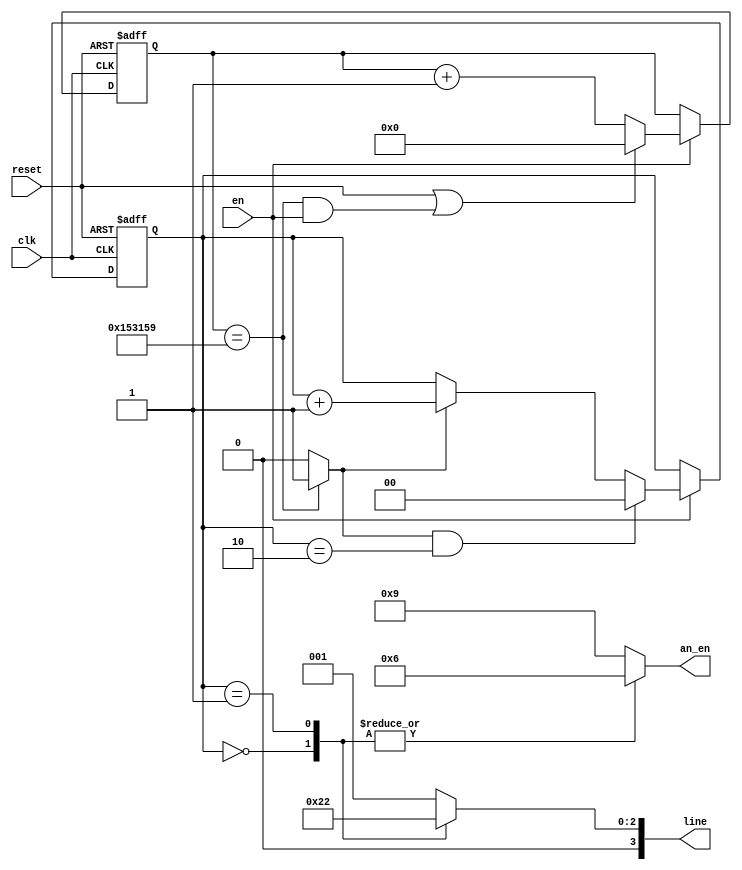
`timescale 1ns / 1ps
//////////////////////////////////////////////////////////////////////////////////
// Company: 
// Engineer: 
// 
// Design Name: 
// Module Name: heartbeat
// Project Name: 
// Target Devices: 
// Tool Versions: 
// Description: 
// 
// Dependencies: 
// 
// Revision:
// Revision 0.01 - File Created
// Additional Comments:
// 
//////////////////////////////////////////////////////////////////////////////////


module heartbeat(
    input clk, 
    input reset,
    input en,
    output reg [3:0] an_en,    //if 1 on, if 0 off
    output reg [3:0] line
    );
    
    parameter DVSR = 1388889; //Mod-M counter for 72 Hz heartbeat frequency
    
    //counter for clock frequency
    reg [31:0] ms_reg;
    wire [31:0] ms_next;
    
    wire ms_tick;
    
    //counter for 8 rotating square states
    reg [1:0] count_reg;
    wire [1:0] count_next;
                
    always @(posedge clk, posedge reset)
        if(reset)
            begin
                ms_reg <= 0;
                count_reg <= 0;
            end
        else if (en)
            begin
                ms_reg <= ms_next;
                count_reg <= count_next;
            end
    
    //next-state logic
    
    assign ms_next = (reset || (ms_reg == DVSR && en)) ? 0 :
                                                  (en) ? ms_reg + 1 :
                                                         ms_reg;
    //asserts ms_tick if DVSR at max for counter                      
    assign ms_tick = (ms_reg == DVSR) ? 1'b1 : 1'b0;
    
    //if clock tick and clock wise, increment. if clock tick and counter clockwise, decrement. otherwise, keep count same
    assign count_next = (ms_tick && count_reg == 2) ? 0 : 
                                          (ms_tick) ? count_reg + 1 : 
                                                      count_reg;
        
    //output logic
    //an_en to seg mux, line to determine if on left or right side for each of the 4 displays
    always @*
        begin
            case(count_reg)
                2'b00:  //state 1
                    begin
                        an_en = 4'b0110;    
                        line = 4'b0100;     //bit 3 and 0 are don't cares, an not enabled
                    end
                2'b01:  //state 2
                    begin
                        an_en = 4'b0110;    
                        line = 4'b0010;     //bit 3 and 0 are don't cares, an not enabled
                    end
                default: //state 3 + default coverage
                    begin
                        an_en = 4'b1001;    
                        line = 4'b0001;     //bit 2 and 1 are don't cares, an not enabled
                    end
            endcase
        end

endmodule